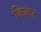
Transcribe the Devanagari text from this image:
किकर